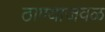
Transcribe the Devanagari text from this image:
ठाण्याजवळ